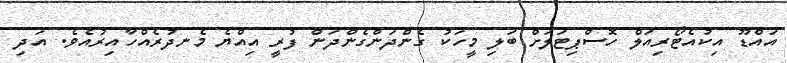
އައްޑޫ އިކުއެޓޯރިއަލް ހޮސްޕިޓަލަށް ބަލި މީހަކު ގެންދަންގެންދަން ފުރީ އިއްޔެ މެނދުރެއްހާއިރުއެވެ. އަދި